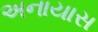
અનાયાસ